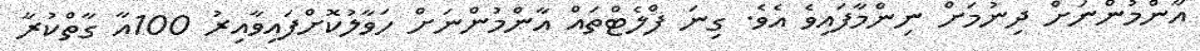
އާންމުންނަށް ދިނުމަށް ނިންމާފައިވެ އެވެ. ގިނަ ފްލެޓްތައް އާންމުންނަށް ހަވާލުކޮށްފައިވާއިރު 100އާ ގާތްކުރާ